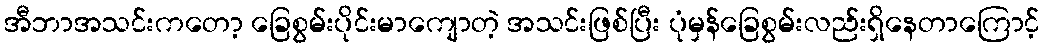
အီဘာအသင်းကတော့ ခြေစွမ်းပိုင်းမာကျောတဲ့ အသင်းဖြစ်ပြီး ပုံမှန်ခြေစွမ်းလည်းရှိနေတာကြောင့်